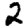
Digit: 2